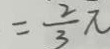
= \frac { 2 } { 3 } \pi